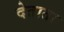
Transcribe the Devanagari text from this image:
देताता